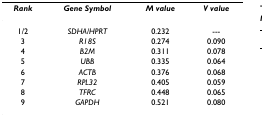
| Rank | Gene Symbol | M value | V value |
 | --- | --- | --- | --- |
 | 1/2 | SDHA/HPRT | 0.232 | --- |
 | 3 | R18S | 0.274 | 0.090 |
 | 4 | B2M | 0.311 | 0.078 |
 | 5 | UBB | 0.335 | 0.064 |
 | 6 | ACTB | 0.376 | 0.068 |
 | 7 | RPL32 | 0.405 | 0.059 |
 | 8 | TFRC | 0.448 | 0.065 |
 | 9 | GAPDH | 0.521 | 0.080 |